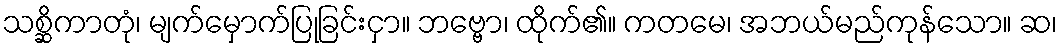
သစ္ဆိကာတုံ၊ မျက်မှောက်ပြုခြင်းငှာ။ ဘဗ္ဗော၊ ထိုက်၏။ ကတမေ၊ အဘယ်မည်ကုန်သော။ ဆ၊